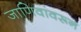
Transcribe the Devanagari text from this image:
जाणिवांवरून